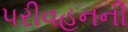
પરીવહનની